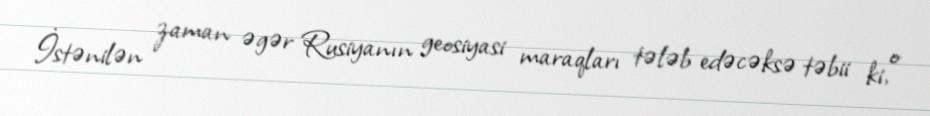
İstənilən zaman əgər Rusiyanın geosiyasi maraqları tələb edəcəksə təbii ki, o